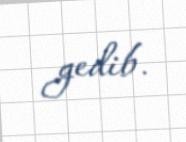
gedib.